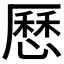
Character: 𠪱